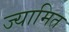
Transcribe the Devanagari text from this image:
ज्यामित